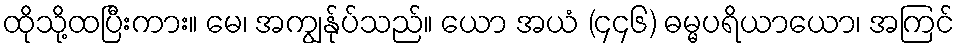
ထိုသို့ထပြီးကား။ မေ၊ အကျွန်ုပ်သည်။ ယော အယံ (၄၄၆) ဓမ္မပရိယာယော၊ အကြင်